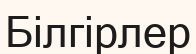
Білгірлер